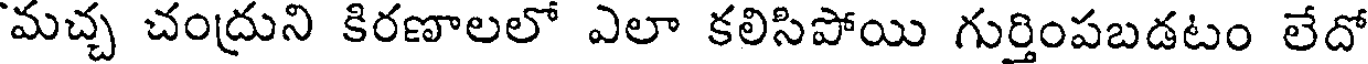
మచ్చ చంద్రుని కిరణాలలో ఎలా కలిసిపోయి గుర్తింపబడటం లేదో